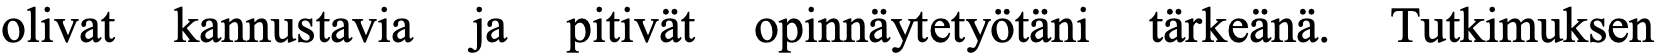
olivat kannustavia ja pitivät opinnäytetyötäni tärkeänä. Tutkimuksen